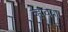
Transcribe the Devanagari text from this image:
व्हावया